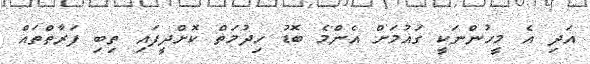
އަދި އެ މީހުންނަކީ ގައުމަށް އެންމެ ބޮޑު ހިދުމަތް ކޮށްދީފައި ތިބި ފަރާތްތައް